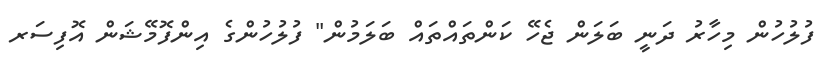
ފުލުހުން މިހާރު ދަނީ ބަލަން ޖެހޭ ކަންތައްތައް ބަލަމުން" ފުލުހުންގެ އިންފޮމޭޝަން އޮފިސަރ